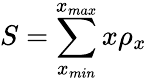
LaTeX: S=\sum_{x_{min}}^{x_{max}}x\rho_{x}